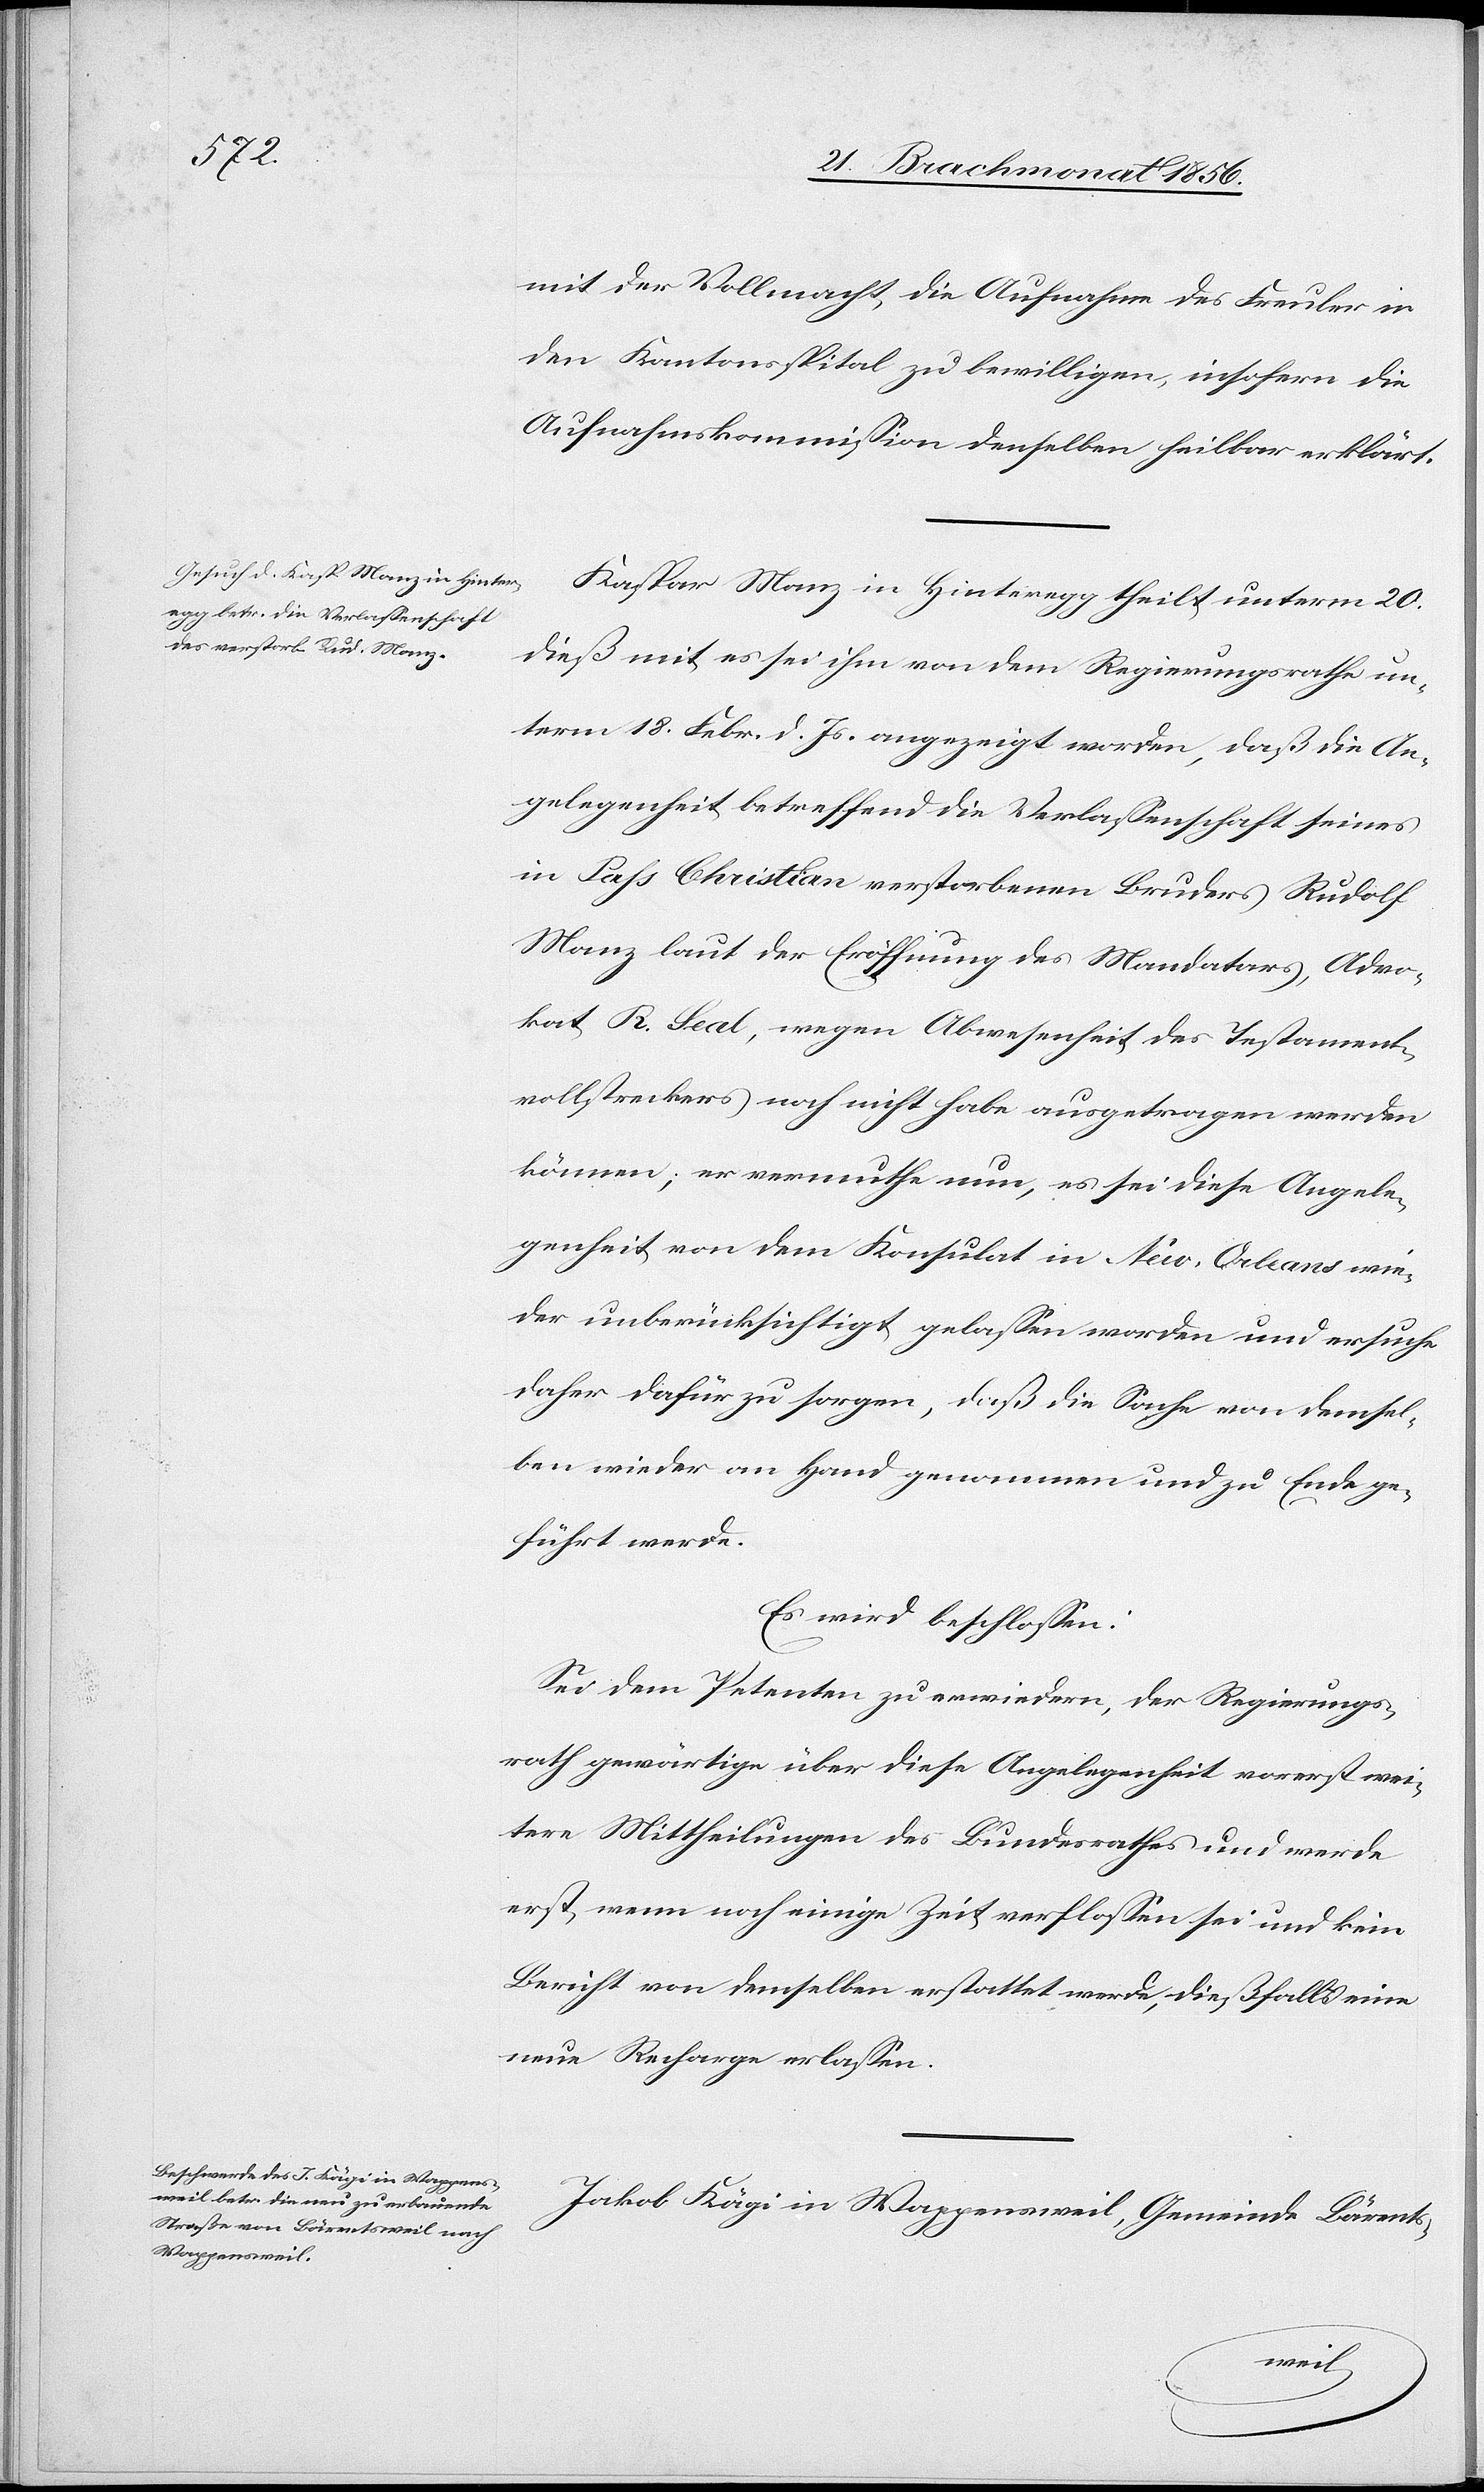
mit der Vollmacht, die Aufnahme des Freuler in
den Kantonsspital zu bewilligen, insofern die
Aufnahmskommission denselben heilbar erklärt.
Kaspar Manz in Hinteregg theilt unterm 20.
dieß mit es sei ihm von dem Regierungsrathe un¬
term 18. Febr. d. Js. angezeigt worden, daß die An¬
gelegenheit betreffend die Verlassenschaft seines
in Pass Christian verstorbenen Bruders Rudolf
Manz laut der Eröffnung des Mandatars, Advo¬
kat R. Seal, wegen Abwesenheit des Testament¬
vollstreckers noch nicht habe ausgetragen werden
können; er vermuthe nun, es sei diese Angele¬
genheit von dem Konsulat in New-Orleans wie¬
der unberücksichtigt gelassen worden und ersuche
daher dafür zu sorgen, daß die Sache von demsel¬
ben wieder an Hand genommen und zu Ende ge¬
führt werde.
Es wird beschlossen:
Sei dem Petenten zu erwiedern, der Regierungs¬
rath gewärtige über diese Angelegenheit vorerst wei¬
tere Mittheilung des Bundesrathes und werde
erst wenn noch einige Zeit verflossen sei und kein
Bericht von demselben erstattet werde, dießfalls eine
neue Recharge erlassen.
Jakob Kägi in Wappensweil, Gemeinde Bärents-